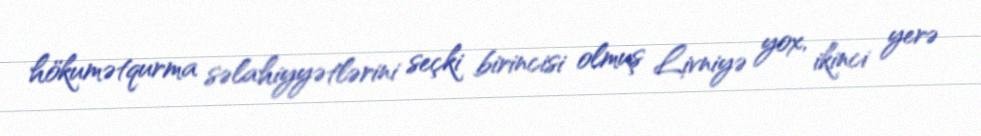
hökumətqurma səlahiyyətlərini seçki birincisi olmuş Livniyə yox, ikinci yerə